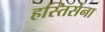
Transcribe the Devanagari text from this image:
हस्तिसेना